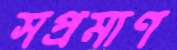
সপ্রমাণ